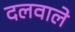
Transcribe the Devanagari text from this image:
दलवाले